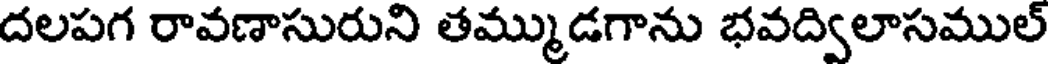
దలపగ రావణాసురుని తమ్ముడగాను భవద్విలాసముల్